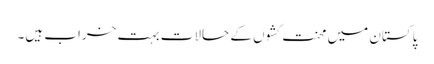
پاکستان میں محنت کشوں کے حالات بہت خراب ہیں۔